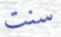
سنت